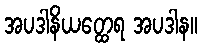
အပဒါနိယတ္ထေရ အပဒါန။